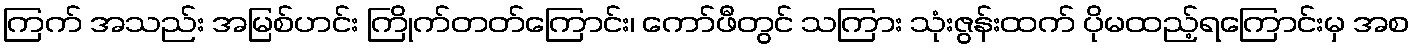
ကြက် အသည်း အမြစ်ဟင်း ကြိုက်တတ်ကြောင်း၊ ကော်ဖီတွင် သကြား သုံးဇွန်းထက် ပိုမထည့်ရကြောင်းမှ အစ